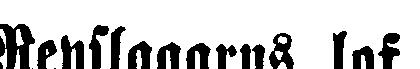
Repslagarns lof.